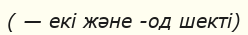
( — екі және -од шекті)